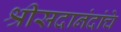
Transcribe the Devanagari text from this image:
श्रीसदानंदांचे